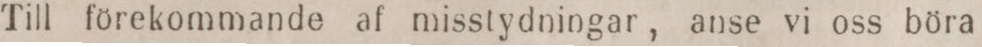
Till förekommande af misstydningar, anse vi oss böra